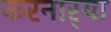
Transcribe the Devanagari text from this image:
करनार्‍या